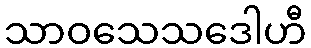
သာဝသေသဒေါဟီ